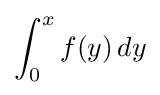
\int _{0}^{x}f(y)\,dy